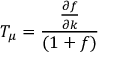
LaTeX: T _ { \mu } = \frac { \frac { \partial f } { \partial k } } { ( 1 + f ) }